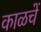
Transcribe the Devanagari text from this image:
काळचें